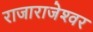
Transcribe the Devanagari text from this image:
राजाराजेश्‍वर